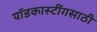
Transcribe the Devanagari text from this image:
पॉडकास्टींगसाठी